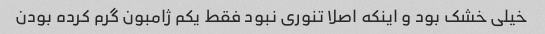
خیلی خشک بود و اینکه اصلا تنوری نبود فقط یکم ژامبون گرم کرده بودن